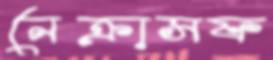
নেক্রাসফ